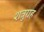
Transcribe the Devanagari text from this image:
शत्रुग्रह